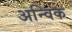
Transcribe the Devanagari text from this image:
अन्विक